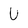
Character: U